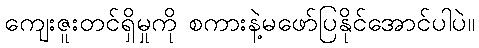
ကျေးဇူးတင်ရှိမှုကို စကားနဲ့မဖော်ပြနိုင်အောင်ပါပဲ။